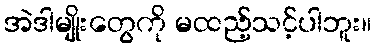
အဲဒါမျိုးတွေကို မထည့်သင့်ပါဘူး။